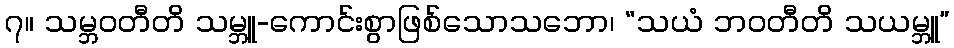
၇။ သမ္ဘဝတီတိ သမ္ဘူ-ကောင်းစွာဖြစ်သောသဘော၊ “သယံ ဘဝတီတိ သယမ္ဘူ”